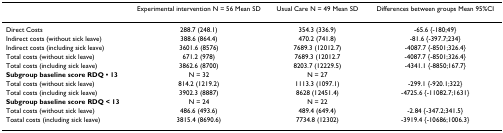
|  | Experimental intervention N = 56 Mean SD | Usual Care N = 49 Mean SD | Differences between groups Mean 95%CI |
 | --- | --- | --- | --- |
 | Direct Costs | 288.7 (248.1) | 354.3 (336.9) | -65.6 {-180;49} |
 | Indirect costs (without sick leave) | 388.6 (864.4) | 470.2 (741.8) | -81.6 {-397.7;234} |
 | Indirect costs (including sick leave) | 3601.6 (8576) | 7689.3 (12012.7) | -4087.7 {-8501;326.4} |
 | Total costs (without sick leave) | 671.2 (978) | 7689.3 (12012.7 | -4087.7 {-8501;326.4} |
 | Total costs (including sick leave) | 3862.6 (8700) | 8203.7 (12229.5) | -4341.1 {-8850;167.7} |
 | Subgroup baseline score RDQ • 13 | N = 32 | N = 27 |  |
 | Total costs (without sick leave) | 814.2 (1219.2) | 1113.3 (1097.1) | -299.1 {-920.1;322} |
 | Total costs (including sick leave) | 3902.3 (8887) | 8628 (12451.4) | -4725.6 {-11082.7;1631} |
 | Subgroup baseline score RDQ < 13 | N = 24 | N = 22 |  |
 | Total costs (without sick leave) | 486.6 (493.6) | 489.4 (649.4) | -2.84 {-347.2;341.5} |
 | Toatal costs (including sick leave) | 3815.4 (8690.6) | 7734.8 (12302) | -3919.4 {-10686;1006.3} |